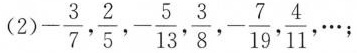
(2) - \frac{3}{7}, \frac{2}{5},- \frac{5}{13}, \frac{3}{8},- \frac{7}{19}, \frac{4}{11},···；